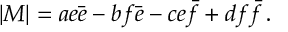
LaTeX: \vert M \vert = a e \bar { e } - b f \bar { e } - c e \bar { f } + d f \bar { f } \, .